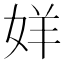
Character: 𫰧